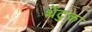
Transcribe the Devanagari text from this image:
थेंटुक